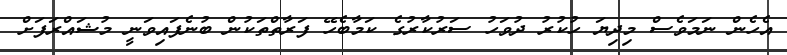
އެހެން ނަމަވެސް މިދިޔަ ހުކުރު ދުވަހު ސަރުކާރުގެ ކަމާބެހޭ ފަރާތްތަކުން ބުނެފައިވަނީ މުޝައްރަފަށް